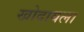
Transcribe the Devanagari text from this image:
खोदायला